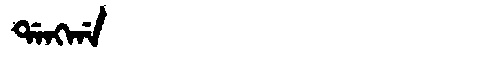
Manchu: ᡩᠠᠩᡤᠠ
Romanization: DANGGA